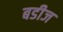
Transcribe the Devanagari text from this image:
बडीज